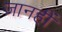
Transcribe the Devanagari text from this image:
जानहीं